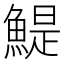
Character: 鯷